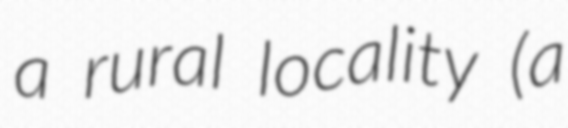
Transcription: a rural locality (a